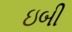
ઇબી